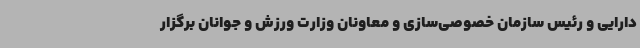
دارایی و رئیس سازمان خصوصی‌سازی و معاونان وزارت ورزش و جوانان برگزار